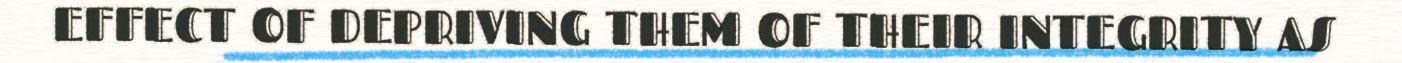
EFFECT OF DEPRIVING THEM OF THEIR INTEGRITY AS